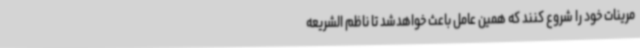
مرینات خود را شروع کنند که همین عامل باعث خواهدشد تا ناظم الشریعه